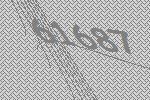
61687